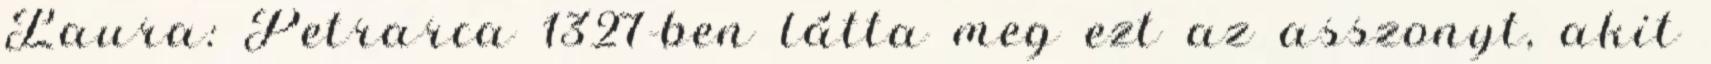
Laura: Petrarca 1327-ben látta meg ezt az asszonyt, akit